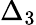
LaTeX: \Delta_{3}